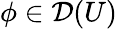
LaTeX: \phi\in{\mathcal{D}}(U)